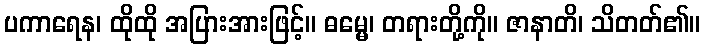
ပကာရေန၊ ထိုထို အပြားအားဖြင့်။ ဓမ္မေ၊ တရားတို့ကို။ ဇာနာတိ၊ သိတတ်၏။